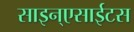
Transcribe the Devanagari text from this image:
साइन्एसाईटस